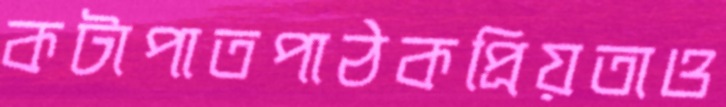
কটাপাতপাঠকপ্রিয়তাও